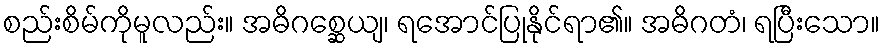
စည်းစိမ်ကိုမူလည်း။ အဓိဂစ္ဆေယျ၊ ရအောင်ပြုနိုင်ရာ၏။ အဓိဂတံ၊ ရပြီးသော။